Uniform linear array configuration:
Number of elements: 32
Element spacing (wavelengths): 0.75
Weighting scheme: cosine
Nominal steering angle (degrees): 30
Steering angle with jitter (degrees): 31.63
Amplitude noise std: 0.05
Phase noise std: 0.05

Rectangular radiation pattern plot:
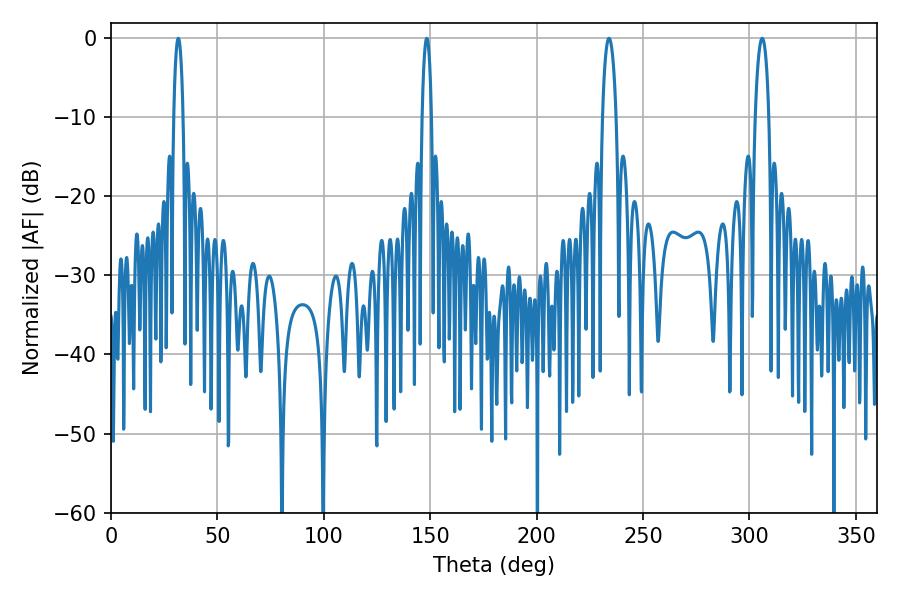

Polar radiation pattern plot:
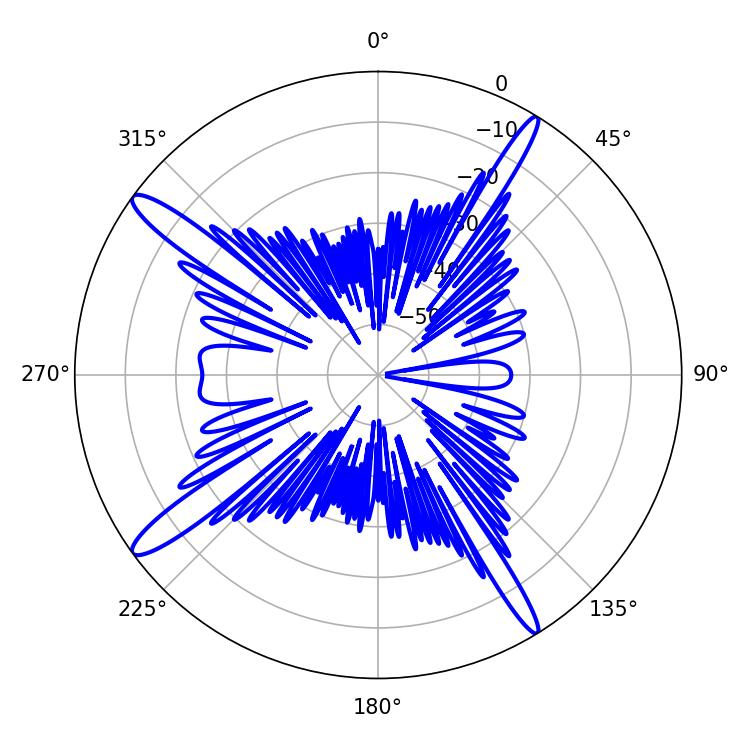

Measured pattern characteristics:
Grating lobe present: TRUE
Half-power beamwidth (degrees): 3.6
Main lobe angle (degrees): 234